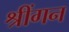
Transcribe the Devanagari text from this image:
श्रींगन